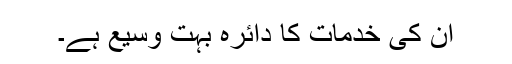
ان کی خدمات کا دائرہ بہت وسیع ہے۔